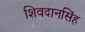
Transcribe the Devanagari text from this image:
शिवदानसिंह